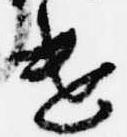
遣